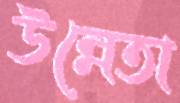
উন্নেতা